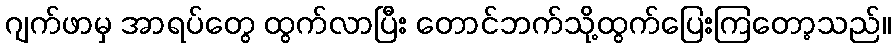
ဂျက်ဖာမှ အာရပ်တွေ ထွက်လာပြီး တောင်ဘက်သို့ထွက်ပြေးကြတော့သည်။